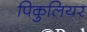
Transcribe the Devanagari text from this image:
पिकुलियर